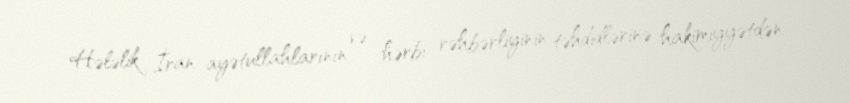
Hələlik İran ayətullahlarının və hərbi rəhbərliyinin təhdidlərinə hakimiyyətdən